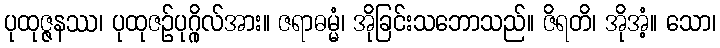
ပုထုဇ္ဇနဿ၊ ပုထုဇဉ်ပုဂ္ဂိုလ်အား။ ဇရာဓမ္မံ၊ အိုခြင်းသဘောသည်။ ဇိရတိ၊ အိုအံ့။ သော၊